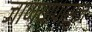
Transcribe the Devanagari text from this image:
जाण्यापासुन